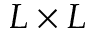
L \times L